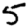
Digit: 5